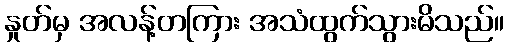
နှုတ်မှ အလန့်တကြား အသံထွက်သွားမိသည်။